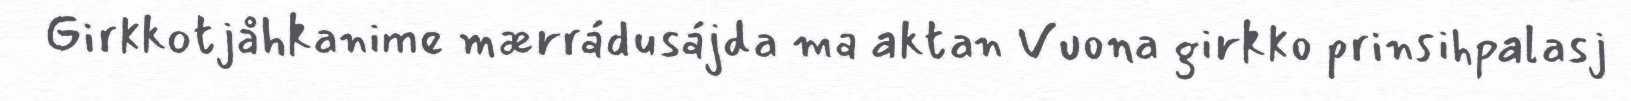
Girkkotjåhkanime mærrádusájda ma aktan Vuona girkko prinsihpalasj